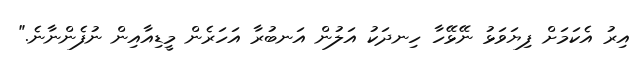
އިރު އެކަމަށް ފިޔަވަޅު ނޭޅޭހާ ހިނދަކު އަލުން އަނބުރާ އަހަރެން މީޑިއާއިން ނުފެންނާނެ."